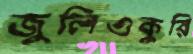
জুলিওকুরি